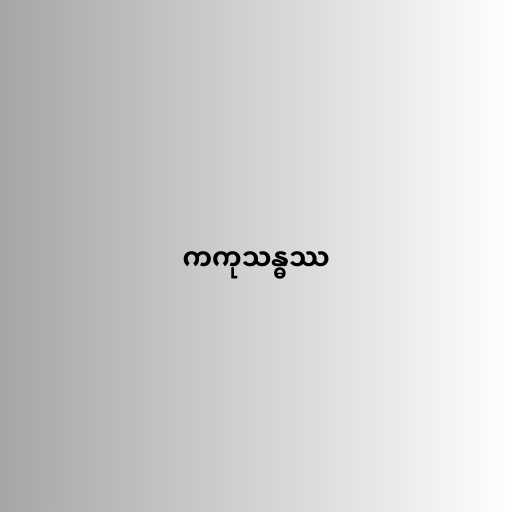
ကကုသန္ဓဿ